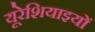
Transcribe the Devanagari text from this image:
यूरेशियाइयों